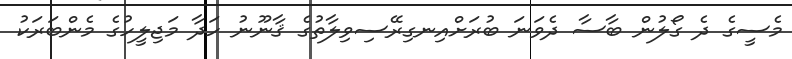
މެސީގެ ދެ ގޯލުން ބާސާ ދެވަނަ ބުރަށްއިނގިރޭސިވިލާތުގެ ޤާނޫނު ހަދާ މަޖިލީހުގެ މެންބަރަކު